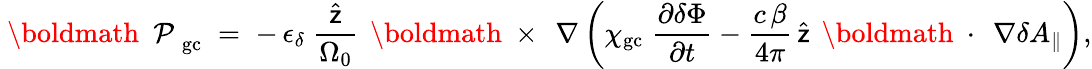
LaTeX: \mathrm{~\boldmath~\cal~P~}_{\mathrm{gc}}\; =\; -\, \epsilon_{\delta}\; \frac{\widehat{\sf z}}{\Omega_{0}}\, \mathrm{~\boldmath~\times~}\, \nabla\left(\chi_{\mathrm{gc}}\; \frac{\partial\delta\Phi}{\partial t}-\frac{c\, \beta}{4\pi}\, \widehat{\sf z}\, \mathrm{~\boldmath~\cdot~}\, \nabla\delta A_{\| }\right),